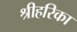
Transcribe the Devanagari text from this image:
श्रीहरिका